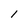
Character: l